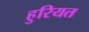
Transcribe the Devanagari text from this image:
हुरियत